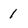
Character: 1